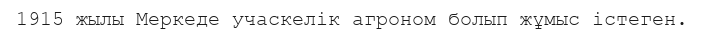
1915 жылы Меркеде учаскелік агроном болып жұмыс істеген.